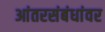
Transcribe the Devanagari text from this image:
आंतरसंबंधांवर